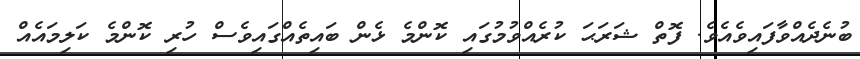
ބުނެދެއްވާފައިވެއެވެ. ފޮތް ޝަރަޙަ ކުރެއްވުމުގައި ކޮންމެ ޅެން ބައިތެއްގައިވެސް ހުރި ކޮންމެ ކަލިމައެއް